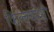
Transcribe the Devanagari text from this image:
किल्ल्यांशी